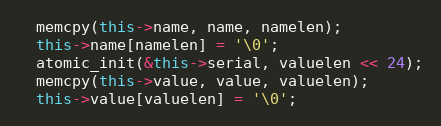
Language: C++
  memcpy(this->name, name, namelen);
  this->name[namelen] = '\0';
  atomic_init(&this->serial, valuelen << 24);
  memcpy(this->value, value, valuelen);
  this->value[valuelen] = '\0';